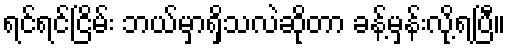
ရင်ရင်ငြိမ်း ဘယ်မှာရှိသလဲဆိုတာ ခန့်မှန်းလို့ရပြီ။